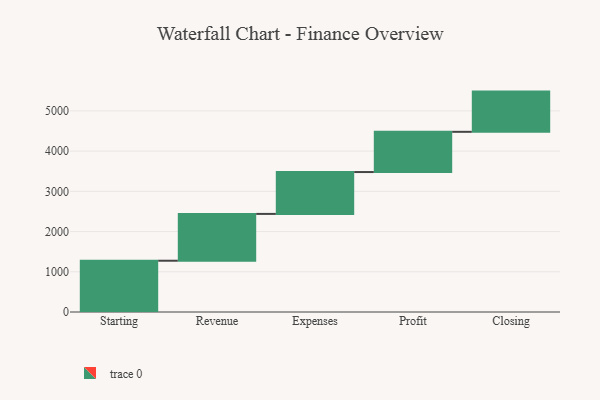
{"axis": {"x": "Step", "y": "Value"}, "legend": [""], "data": [{"x": "Starting", "y": 1275.0, "type": ""}, {"x": "Revenue", "y": 1164.0, "type": ""}, {"x": "Expenses", "y": 1041.0, "type": ""}, {"x": "Profit", "y": 1000, "type": ""}, {"x": "Closing", "y": 1000, "type": ""}]}